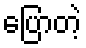
ပြောတဲ့